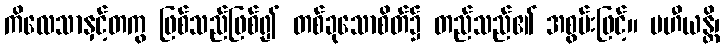
ကိလေသာနှင့်တကွ ဖြစ်သည်ဖြစ်၍ တစ်ခုသောစိတ်၌ တည်သည်၏ အစွမ်းဖြင့်။ ပဟီယန္တိ၊